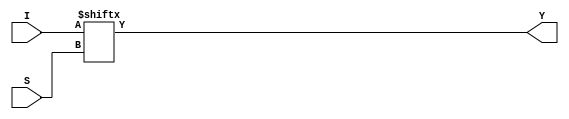
module mux_4to1_df(Y,I,S); //Dataflow style used typically when boolean expression is known

input [3:0]I; //four bit input
input [1:0]S; //two selector bit

output Y; //one output

assign Y = I[S]; //We can use the value of S (0 through 3 decimal) to select which bit of I to pass to Y


endmodule